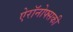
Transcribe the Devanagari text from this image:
ऐरॉनोफ्सकी